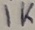
Text: 1K